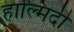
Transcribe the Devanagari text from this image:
हाल्मिदी